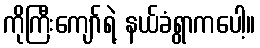
ကိုကြီးကျော်ရဲ့ နယ်ခံရွာကပေါ့။